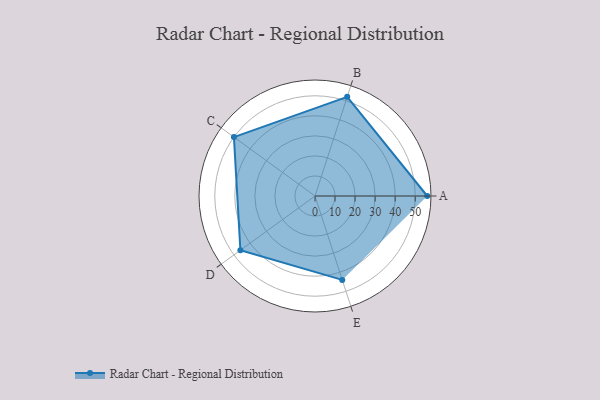
{"axis": {"x": "Skill", "y": "Score"}, "legend": ["Profile"], "data": [{"x": "A", "y": 56.0, "type": "Profile"}, {"x": "B", "y": 52.0, "type": "Profile"}, {"x": "C", "y": 50.0, "type": "Profile"}, {"x": "D", "y": 46.0, "type": "Profile"}, {"x": "E", "y": 44.0, "type": "Profile"}]}